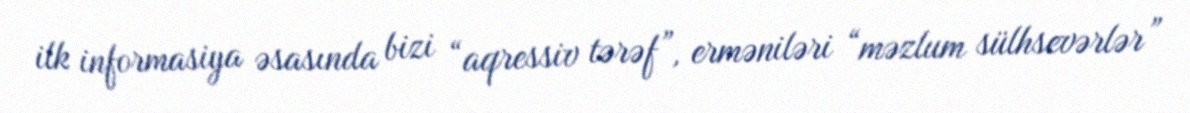
ilk informasiya əsasında bizi “aqressiv tərəf”, erməniləri “məzlum sülhsevərlər”